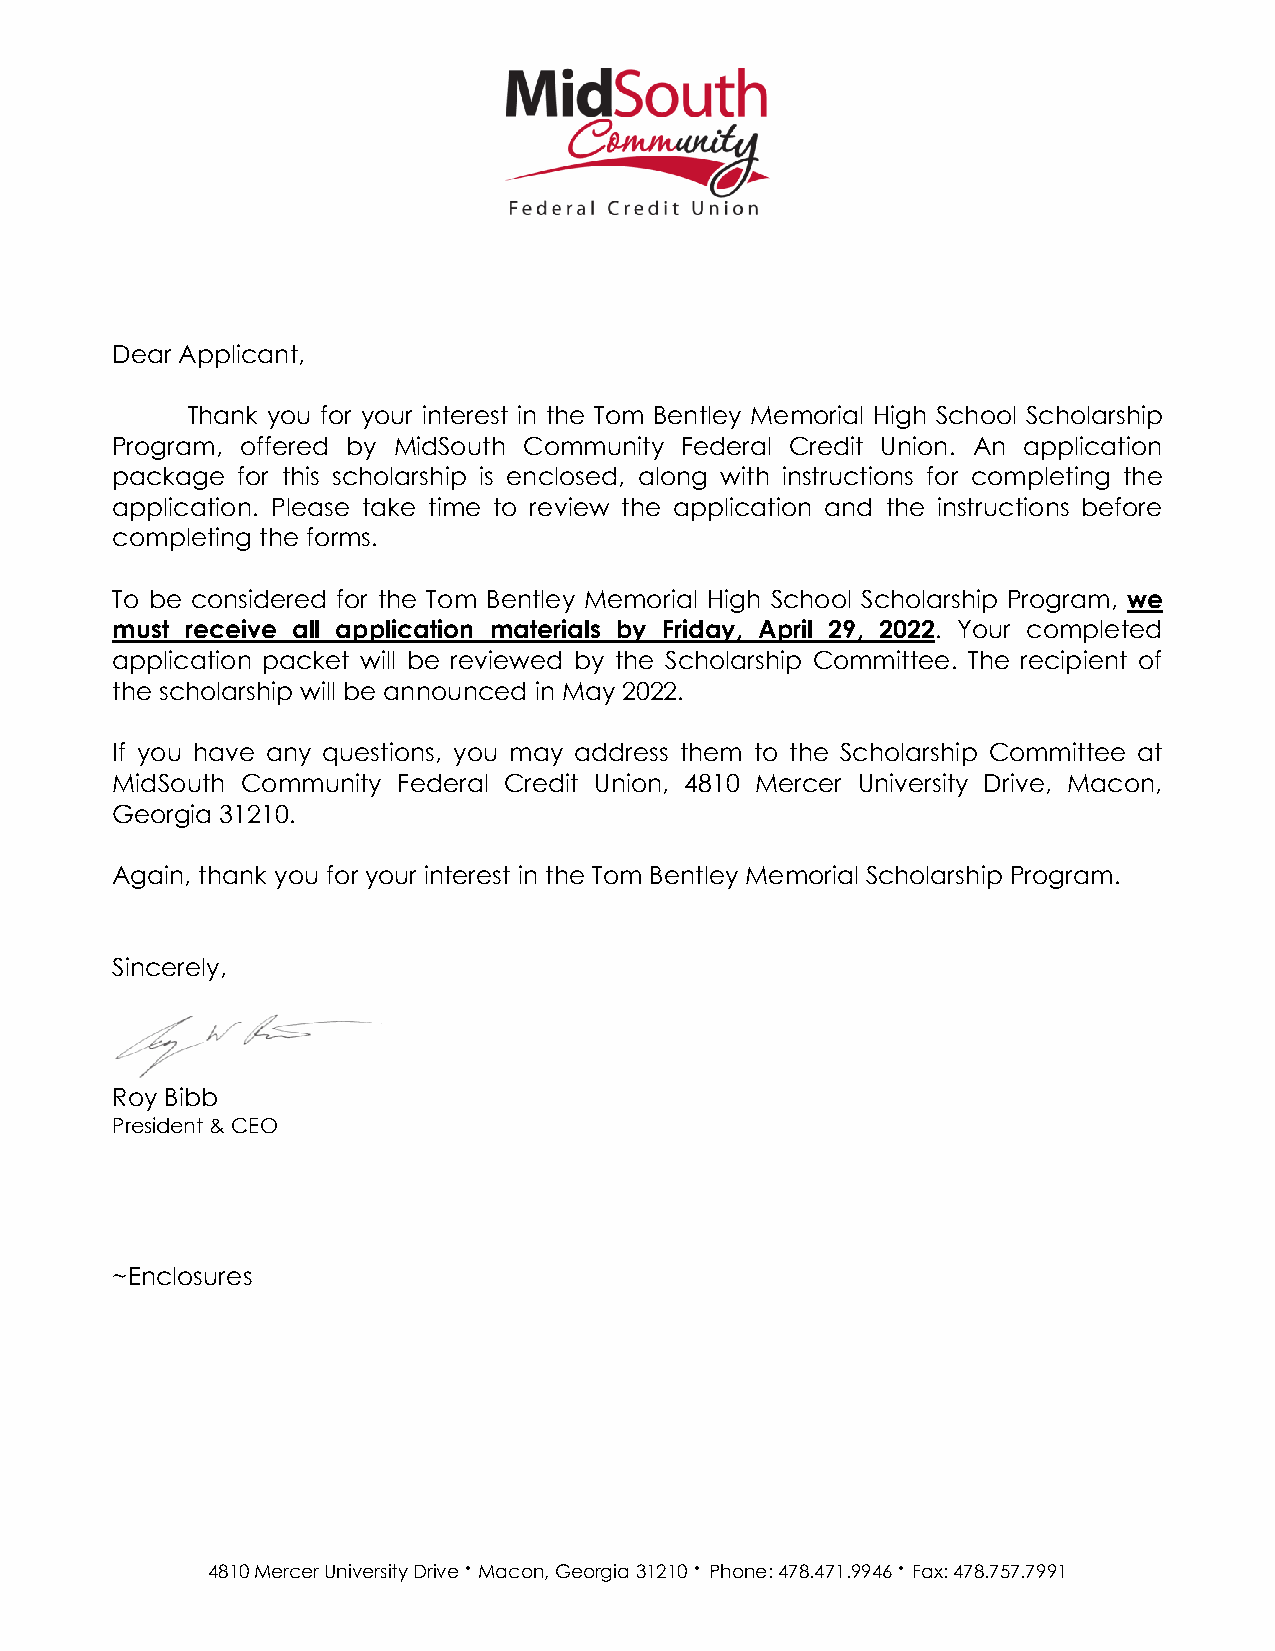
Dear Applicant,
 Thank you for your interest in the Tom Bentley Memorial High School Scholarship
 Program, offered by MidSouth Community Federal Credit Union. An application
 package  for this scholarship is enclosed, along with instructions for completing the
 application. Please take time to review the application and the instructions before
 completing the forms.
 To be considered for the Tom Bentley Memorial High School Scholarship Program, we
 must receive all application materials by Friday, April 29, 2022. Your completed
 application packet will be reviewed by the Scholarship Committee. The recipient of
 the scholarship will be announced in May 2022.
 If you have any questions, you may address them to the Scholarship Committee at
 MidSouth Community Federal Credit Union, 4810 Mercer University Drive, Macon,
 Georgia 31210.
 Again, thank you for your interest in the Tom Bentley Memorial Scholarship Program.
 Sincerely,
 Roy Bibb
 President & CEO
 ~Enclosures
 4810 Mercer University
 Drive·
 Macon, Georgia
 31210·
 Phone:
 478.471.9946·
 Fax: 478.757.7991